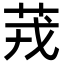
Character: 茙